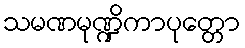
သမဏမုဏ္ဍိကာပုတ္တော